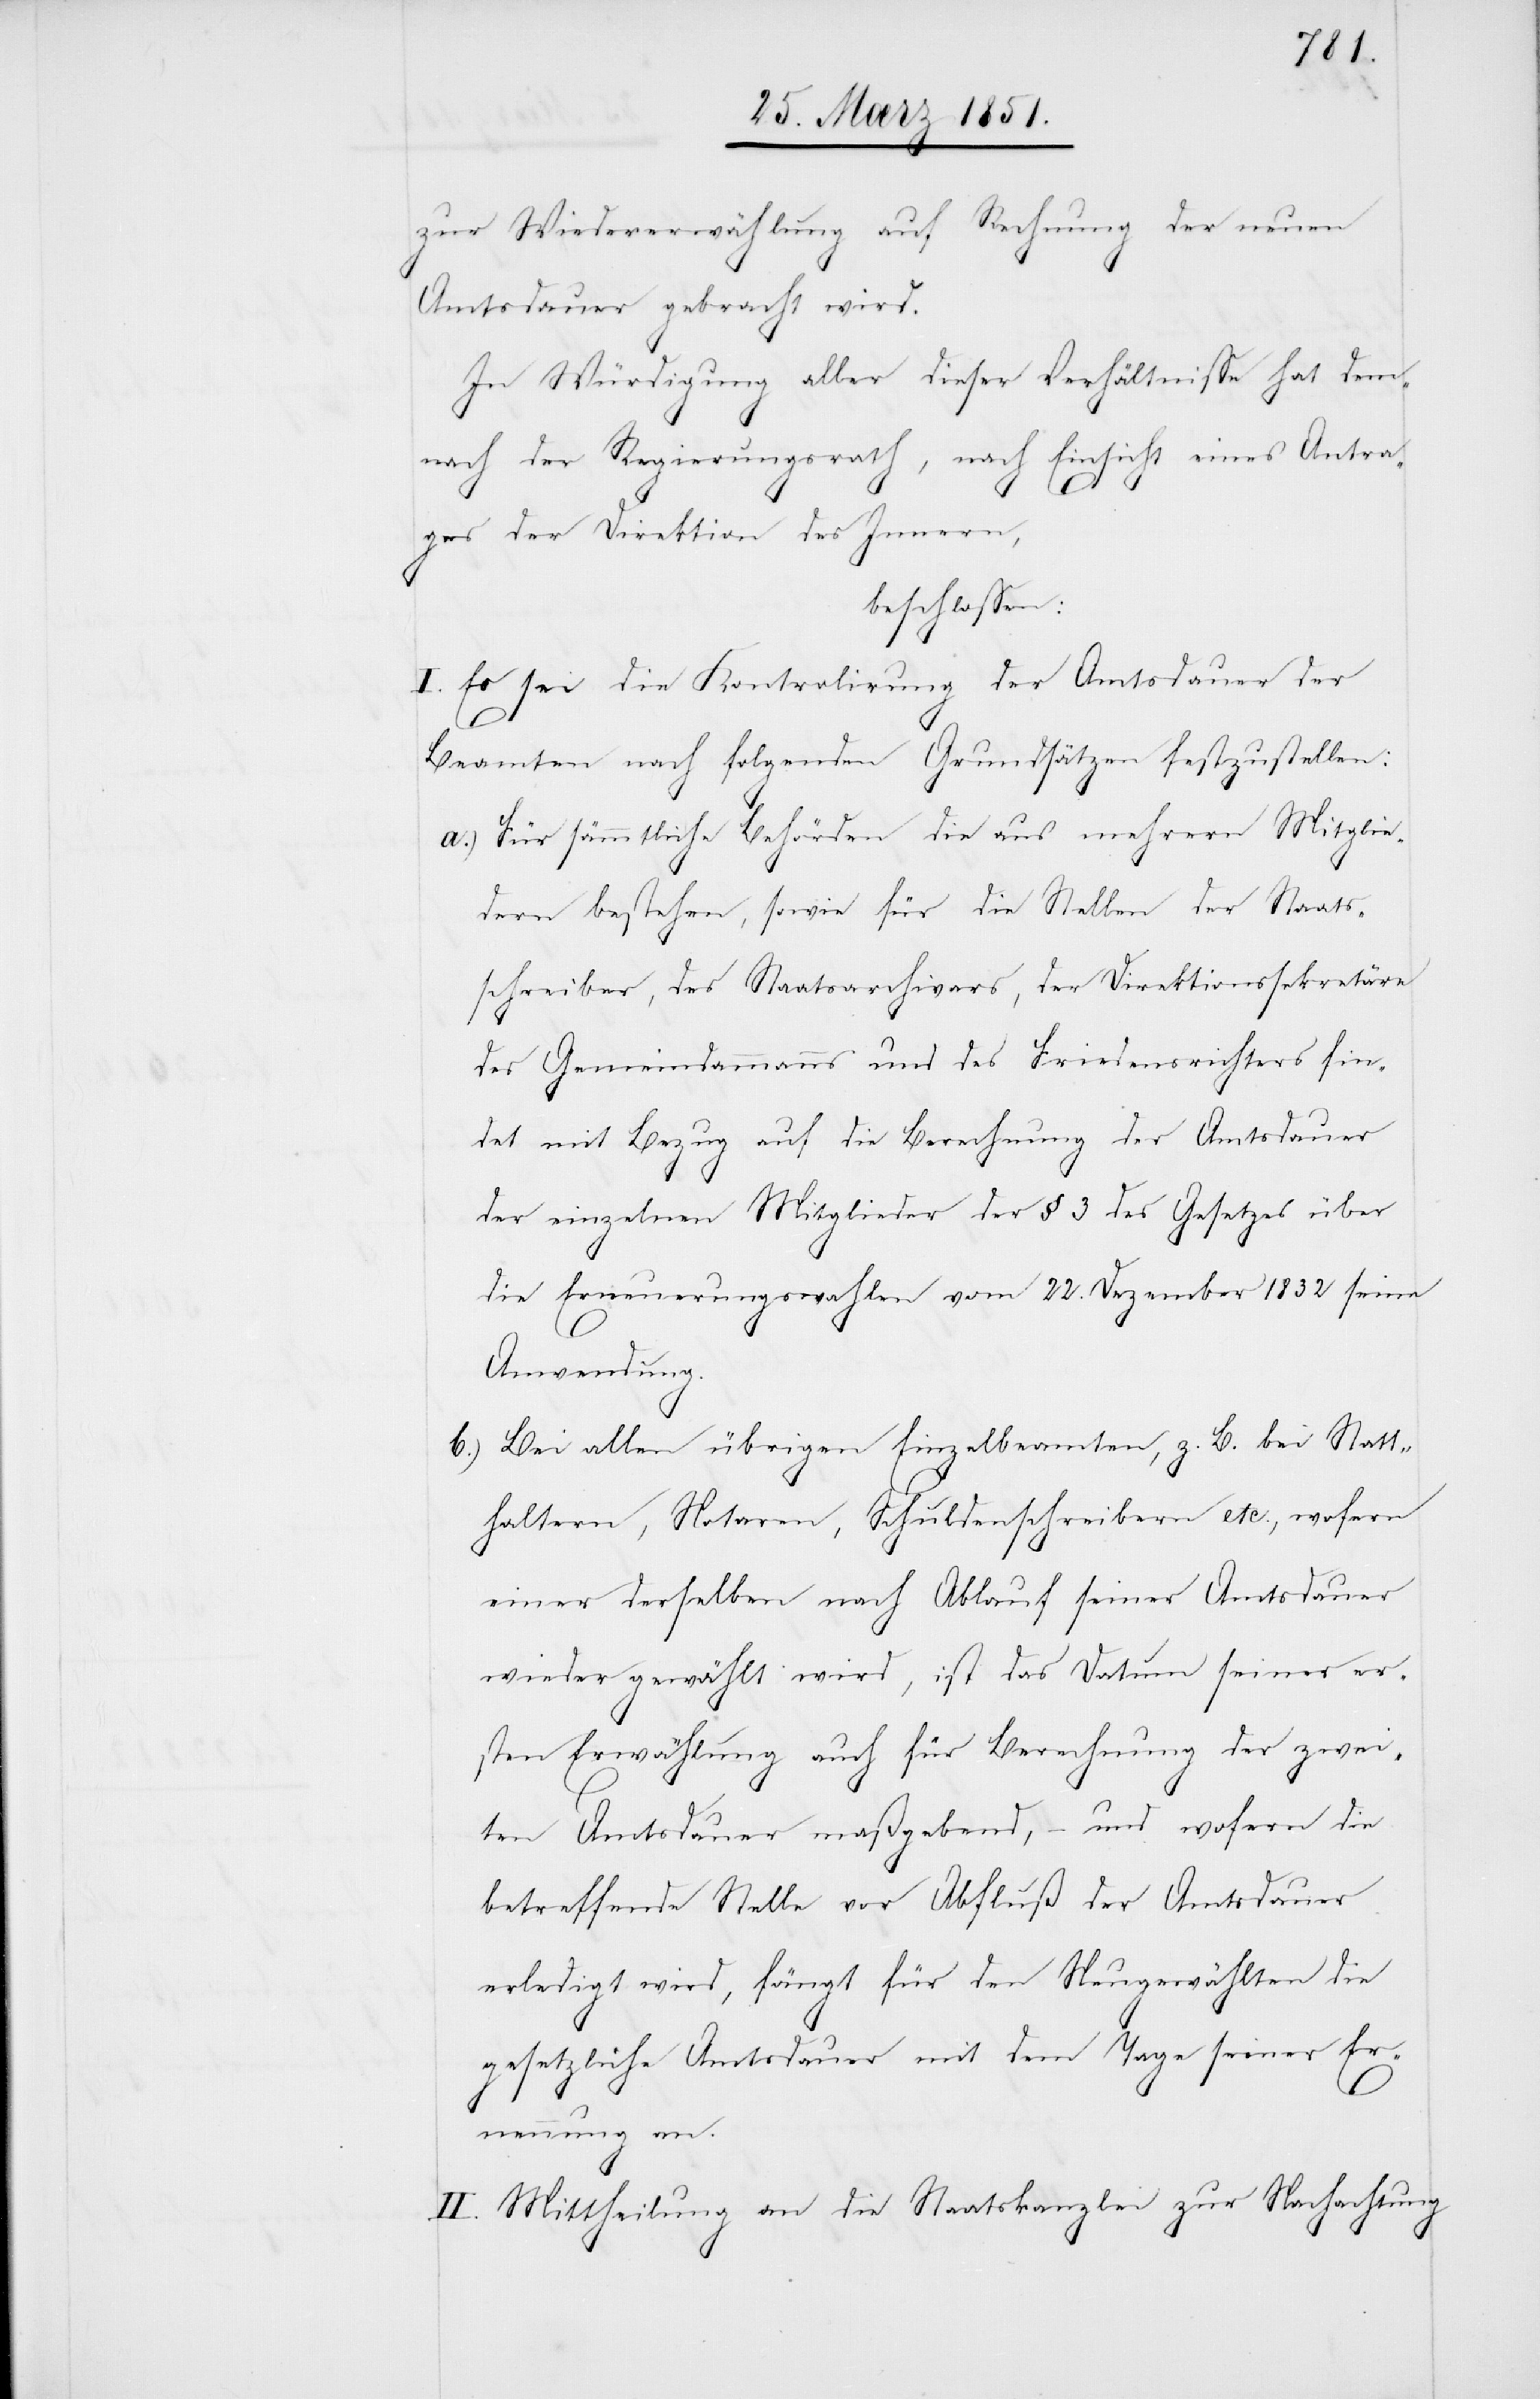
zur Wiedererwählung auf Rechnung der neuen
Amtsdauer gebracht wird.
In Würdigung aller dieser Verhältnisse hat dem¬
nach der Regierungsrath, nach Einsicht eines Antra¬
ges der Direktion des Innern,
beschlossen:
I. Es sei die Kontrolirung der Amtsdauer der
Beamten nach folgenden Grundsätzen festzustellen:
Für sämmtliche Behörden die aus mehrern Mitglie¬
dern bestehen, sowie für die Stellen der Staats¬
schreiber, des Staatsarchivars, der Direktionssekretär¬
des Gemeindammanns und des Friedensrichters fin¬
det mit Bezug auf die Berechnung der Amtsdauer
der einzelnen Mitglieder der § 3 des Gesetzes über
die Erneuerungswahlen vom 22. Dezember 1832 seine
Anwendung.
Bei allen übrigen Einzelbeamten, z. B. bei Statt¬
haltern, Notaren, Schuldenschreibern etc., wofern
einer derselben nach Ablauf seiner Amtsdauer
wieder gewählt wird, ist das Datum seiner er¬
sten Erwählung auch für Berechnung der zwei¬
ten Amtsdauer maßgebend, – und wofern die
betreffende Stelle vor Abfluß der Amtsdauer
erledigt wird, fängt für den Neugewählten die
gesetzliche Amtsdauer mit dem Tage seiner Er¬
e[,]
nennung an.
II. Mittheilung an die Staatskanzlei zur Nachachtung